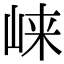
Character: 崃